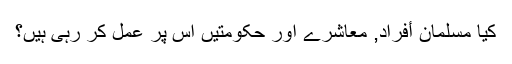
کیا مسلمان أفراد, معاشرے اور حکومتیں اس پر عمل کر رہی ہیں؟